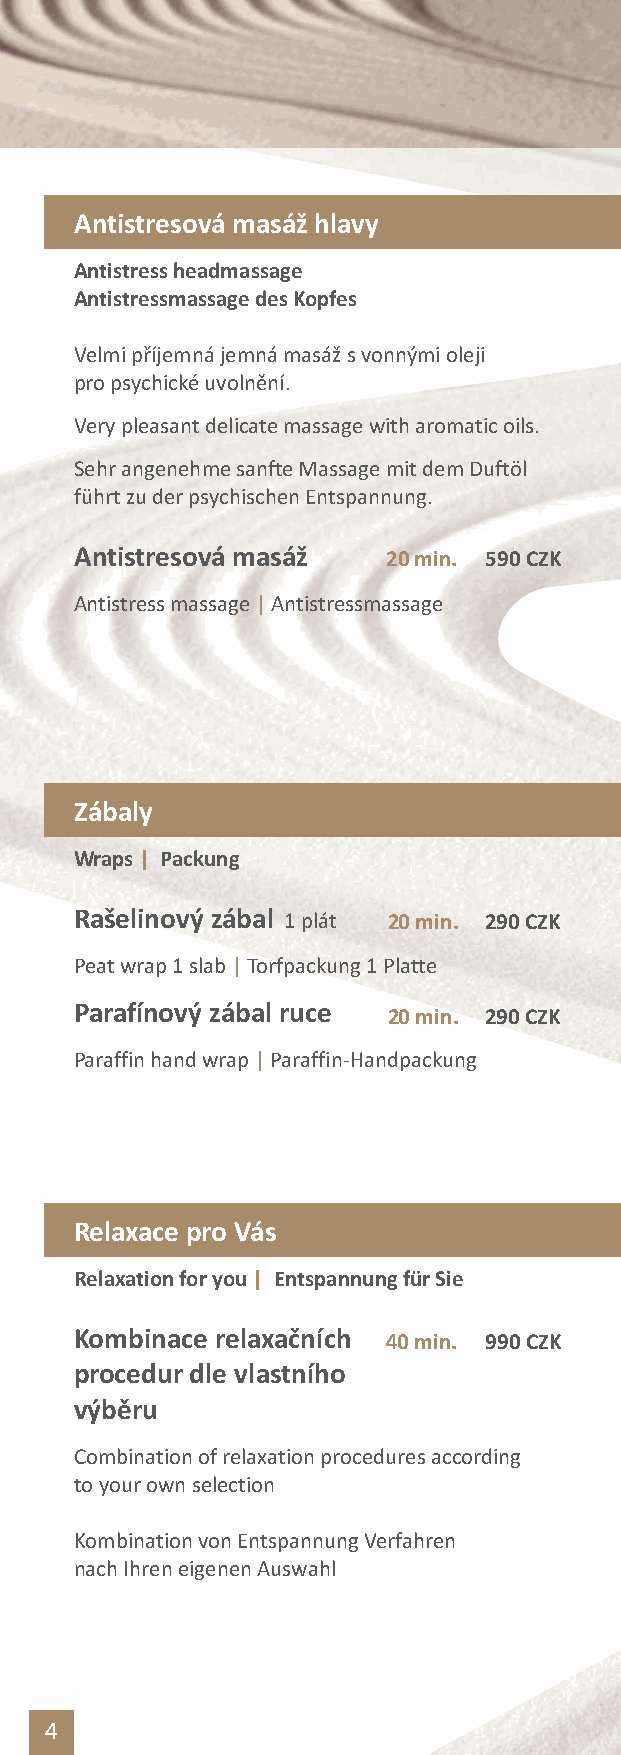
Antistresová masáž hlavy
 Antistress headmassage
 Antistressmassage des Kopfes
 Velmi příjemná jemná masážs vonnými oleji
 pro psychické uvolnění.
 Very pleasant delicate massage with aromatic oils.
 Sehr angenehme sanfte Massage mit dem Duftöl
 führt zu der psychischen Entspannung.
 Antistresová masáž   20min. 590CZK
 Antistress massage|Antistressmassage
 Zábaly
 Wraps| Packung
 Rašelinový zábal 1 plát 20min. 290CZK
 Peat wrap 1 slab|Torfpackung 1 Platte
 Parafínový zábal ruce
 20min. 290CZK
 Paraffin hand wrap|Paraffin-Handpackung
 Relaxace pro Vás
 Relaxation for you| Entspannung für Sie
 Kombinace relaxačních
 40min. 990CZK
 procedur dle vlastního
 výběru
 Combination of relaxation procedures according
 to your own selection
 Kombination von Entspannung Verfahren
 nach Ihren eigenen Auswahl
 4